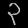
Digit: ၃